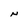
Character: N